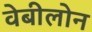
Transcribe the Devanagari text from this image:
वेबीलोन